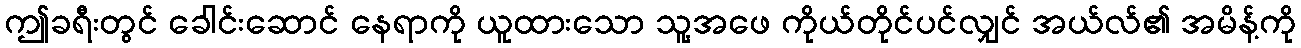
ဤခရီးတွင် ခေါင်းဆောင် နေရာကို ယူထားသော သူ့အဖေ ကိုယ်တိုင်ပင်လျှင် အယ်လ်၏ အမိန့်ကို